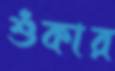
শুঁকার